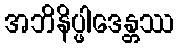
အဘိနိပ္ဖါဒေန္တဿ